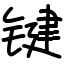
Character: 键